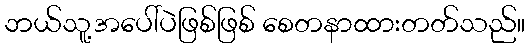
ဘယ်သူ့အပေါ်ပဲဖြစ်ဖြစ် စေတနာထားတတ်သည်။